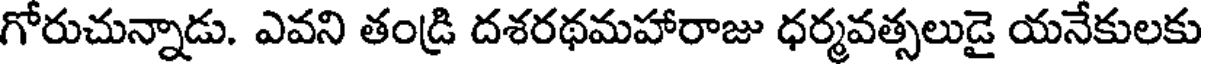
గోరుచున్నాడు. ఎవని తండ్రి దశరథమహారాజు ధర్మవత్సలుడై యనేకులకు